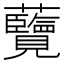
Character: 𮓔